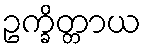
ဥက္ခိတ္တာယ